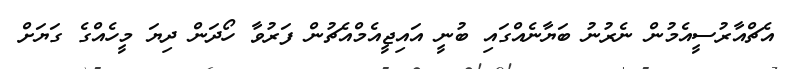
އެޗްއާރުސީއެމުން ނެރުނު ބަޔާނެއްގައި ބުނީ އައިޖީއެމްއެޗުން ފަރުވާ ހޯދަން ދިޔަ މީހެއްގެ ގަޔަށް